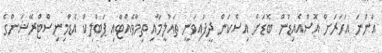
އަންނަ އަހަރަށް އޮސްއެއިޑުން ބޮޑަށް އިސްކަން ދީފައިވަނީ ތައުލީމާއި ތިމާވެއްޓާއި ޕަބްލިކް އެޑްމިނިސްޓްރޭޝަންގެ